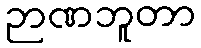
ဉာဏဘူတာ